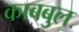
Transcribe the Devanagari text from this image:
काबबुल